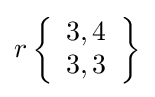
r\left\{{\begin{array}{l}3,4\\3,3\end{array}}\right\}